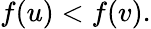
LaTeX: f(u)<f(v).